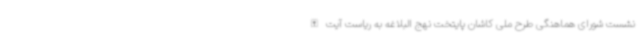
نشست شورای هماهنگی طرح ملی کاشان پایتخت نهج البلاغه به ریاست آیت‌الله